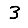
Digit: 3